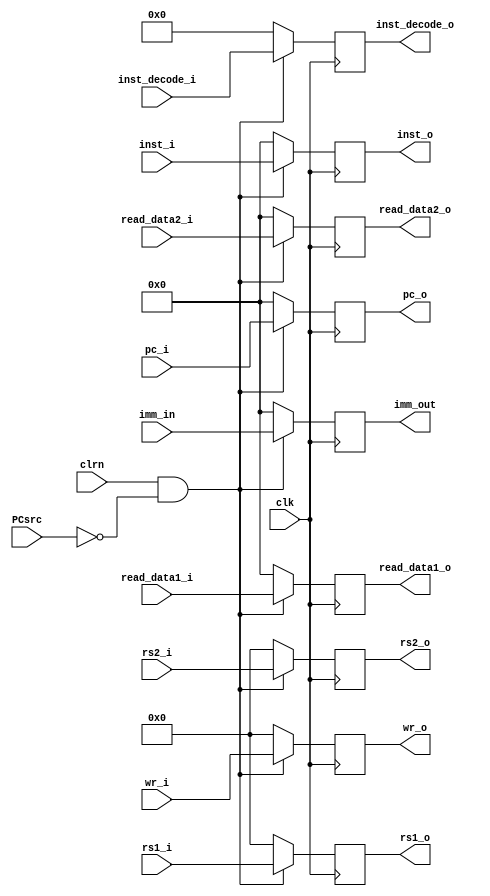
//
// RISC-V RV32I CPU Pipeline Register ID/EX
//
module idexreg(clk,clrn,PCsrc,inst_i,pc_i,inst_decode_i,imm_in,read_data1_i,read_data2_i,wr_i,rs1_i,rs2_i,inst_o,pc_o,inst_decode_o,imm_out,read_data1_o,read_data2_o,wr_o,rs1_o,rs2_o);
    input             clk, clrn;                             // clock and reset
    input             PCsrc;                                 // pc MUX control signal
    input      [31:0] pc_i;                                  // program counter
    input      [31:0] inst_i;                                // instruction
    input      [36:0] inst_decode_i;                         // instruction decode, if inst_decode == 1, means ex instruction is the corresponding inst 
    input      [31:0] imm_in;                                // the extended immediate // already shift
    input      [31:0] read_data1_i;                          // read_data1 from regfile
    input      [31:0] read_data2_i;                          // read_data2 from regfile
    input       [4:0] wr_i;                                  // reg to write
    input       [4:0] rs1_i;                                 // reg1 to read
    input       [4:0] rs2_i;                                 // reg2 to read
    
    output reg [31:0] pc_o;                                  // program counter
    output reg [31:0] inst_o;                                // instruction
    output reg [36:0] inst_decode_o;                         // instruction decode, if inst_decode == 1, means ex instruction is the corresponding inst 
    output reg [31:0] imm_out;                               // the extended immediate // already shift
    output reg [31:0] read_data1_o;                          // read_data1 from regfile
    output reg [31:0] read_data2_o;                          // read_data2 from regfile
    output reg  [4:0] wr_o;                                  // reg to write
    output reg  [4:0] rs1_o;                                 // reg1 to read
    output reg  [4:0] rs2_o;                                 // reg2 to read
        
    always @ (posedge clk) begin
        if (clrn && (!PCsrc)) begin
            pc_o          <= pc_i;
            inst_o        <= inst_i;
            inst_decode_o <= inst_decode_i;
            imm_out       <= imm_in;
            read_data1_o  <= read_data1_i;
            read_data2_o  <= read_data2_i;
            wr_o          <= wr_i;
            rs1_o         <= rs1_i;
            rs2_o         <= rs2_i;
        end
        else begin
            pc_o          <= 0;
            inst_o        <= 0;
            inst_decode_o <= 0;
            imm_out       <= 0;
            read_data1_o  <= 0;
            read_data2_o  <= 0;
            wr_o          <= 0;
            rs1_o         <= 0;
            rs2_o         <= 0;
        end
    end
    
endmodule